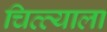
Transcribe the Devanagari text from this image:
चित्त्याला